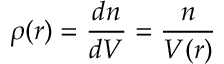
\rho ( r ) = \frac { d n } { d V } = \frac { n } { V ( r ) }